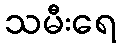
သမီးရေ